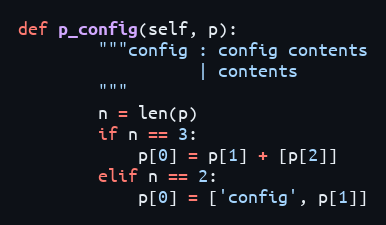
Language: Python
def p_config(self, p):
        """config : config contents
                  | contents
        """
        n = len(p)
        if n == 3:
            p[0] = p[1] + [p[2]]
        elif n == 2:
            p[0] = ['config', p[1]]